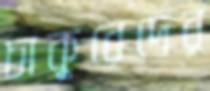
চাকুরেদের